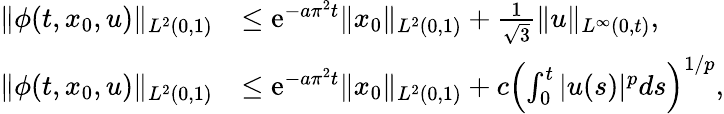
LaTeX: \begin{array}{rl}{\| \phi(t,x_{0},u)\| _{L^{2}(0,1)}}&{\le\mathrm{{e}}^{-a\pi^{2}t}\| x_{0}\| _{L^{2}(0,1)}+\frac{1}{\sqrt{3}}\| u\| _{L^{\infty}(0,t)},}\\ {\| \phi(t,x_{0},u)\| _{L^{2}(0,1)}}&{\le{\mathrm{e}}^{-a\pi^{2}t}\| x_{0}\| _{L^{2}(0,1)}+c\left(\int_{0}^{t}|u(s)|^{p}ds\right)^{1/p},}\end{array}